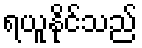
ရယူနိုင်သည်